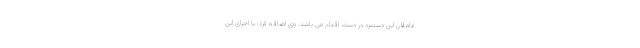
عاملان این دستبرد در دست اقدام می باشد. وی اضافه کرد: با اجرای این